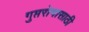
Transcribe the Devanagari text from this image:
गुप्तरोगासाठी